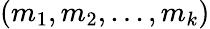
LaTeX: (m_{1},m_{2},...,m_{k})